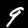
Label: 9